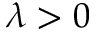
\lambda > 0